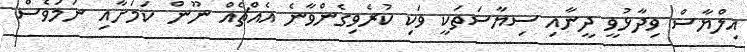
އިލްޔާސް ވިދާޅުވީ ދީނާއި ސިޔާސަތަކީ ވަކި ކުރެވިގެންވާނެ އެއްޗެއް ނޫން ކަމަށާއި ނަމަވެސް